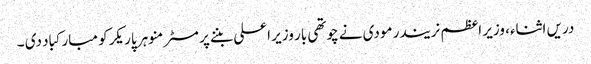
دریں اثناء، وزیر اعظم نریندر مودی نے چوتھی بار وزیر اعلی بننے پر مسٹر منوہر پاریکر کو مبارکباد دی ۔